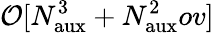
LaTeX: \mathcal{O}[N_{\mathrm{aux}}^{3}+N_{\mathrm{aux}}^{2}ov]